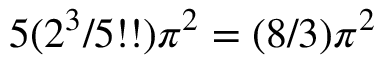
5 ( 2 ^ { 3 } / 5 ! ! ) \pi ^ { 2 } = ( 8 / 3 ) \pi ^ { 2 }